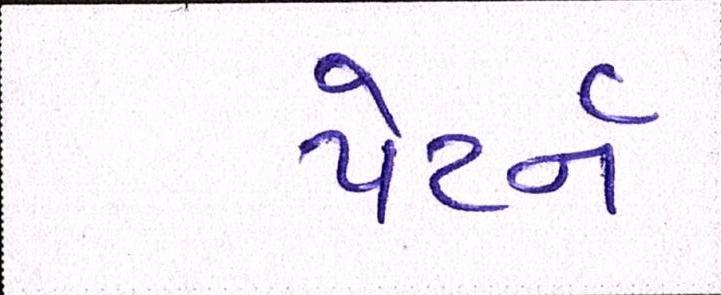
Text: પેટર્ન